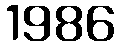
1986